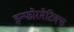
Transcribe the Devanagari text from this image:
इन्फोरमेटिक्स